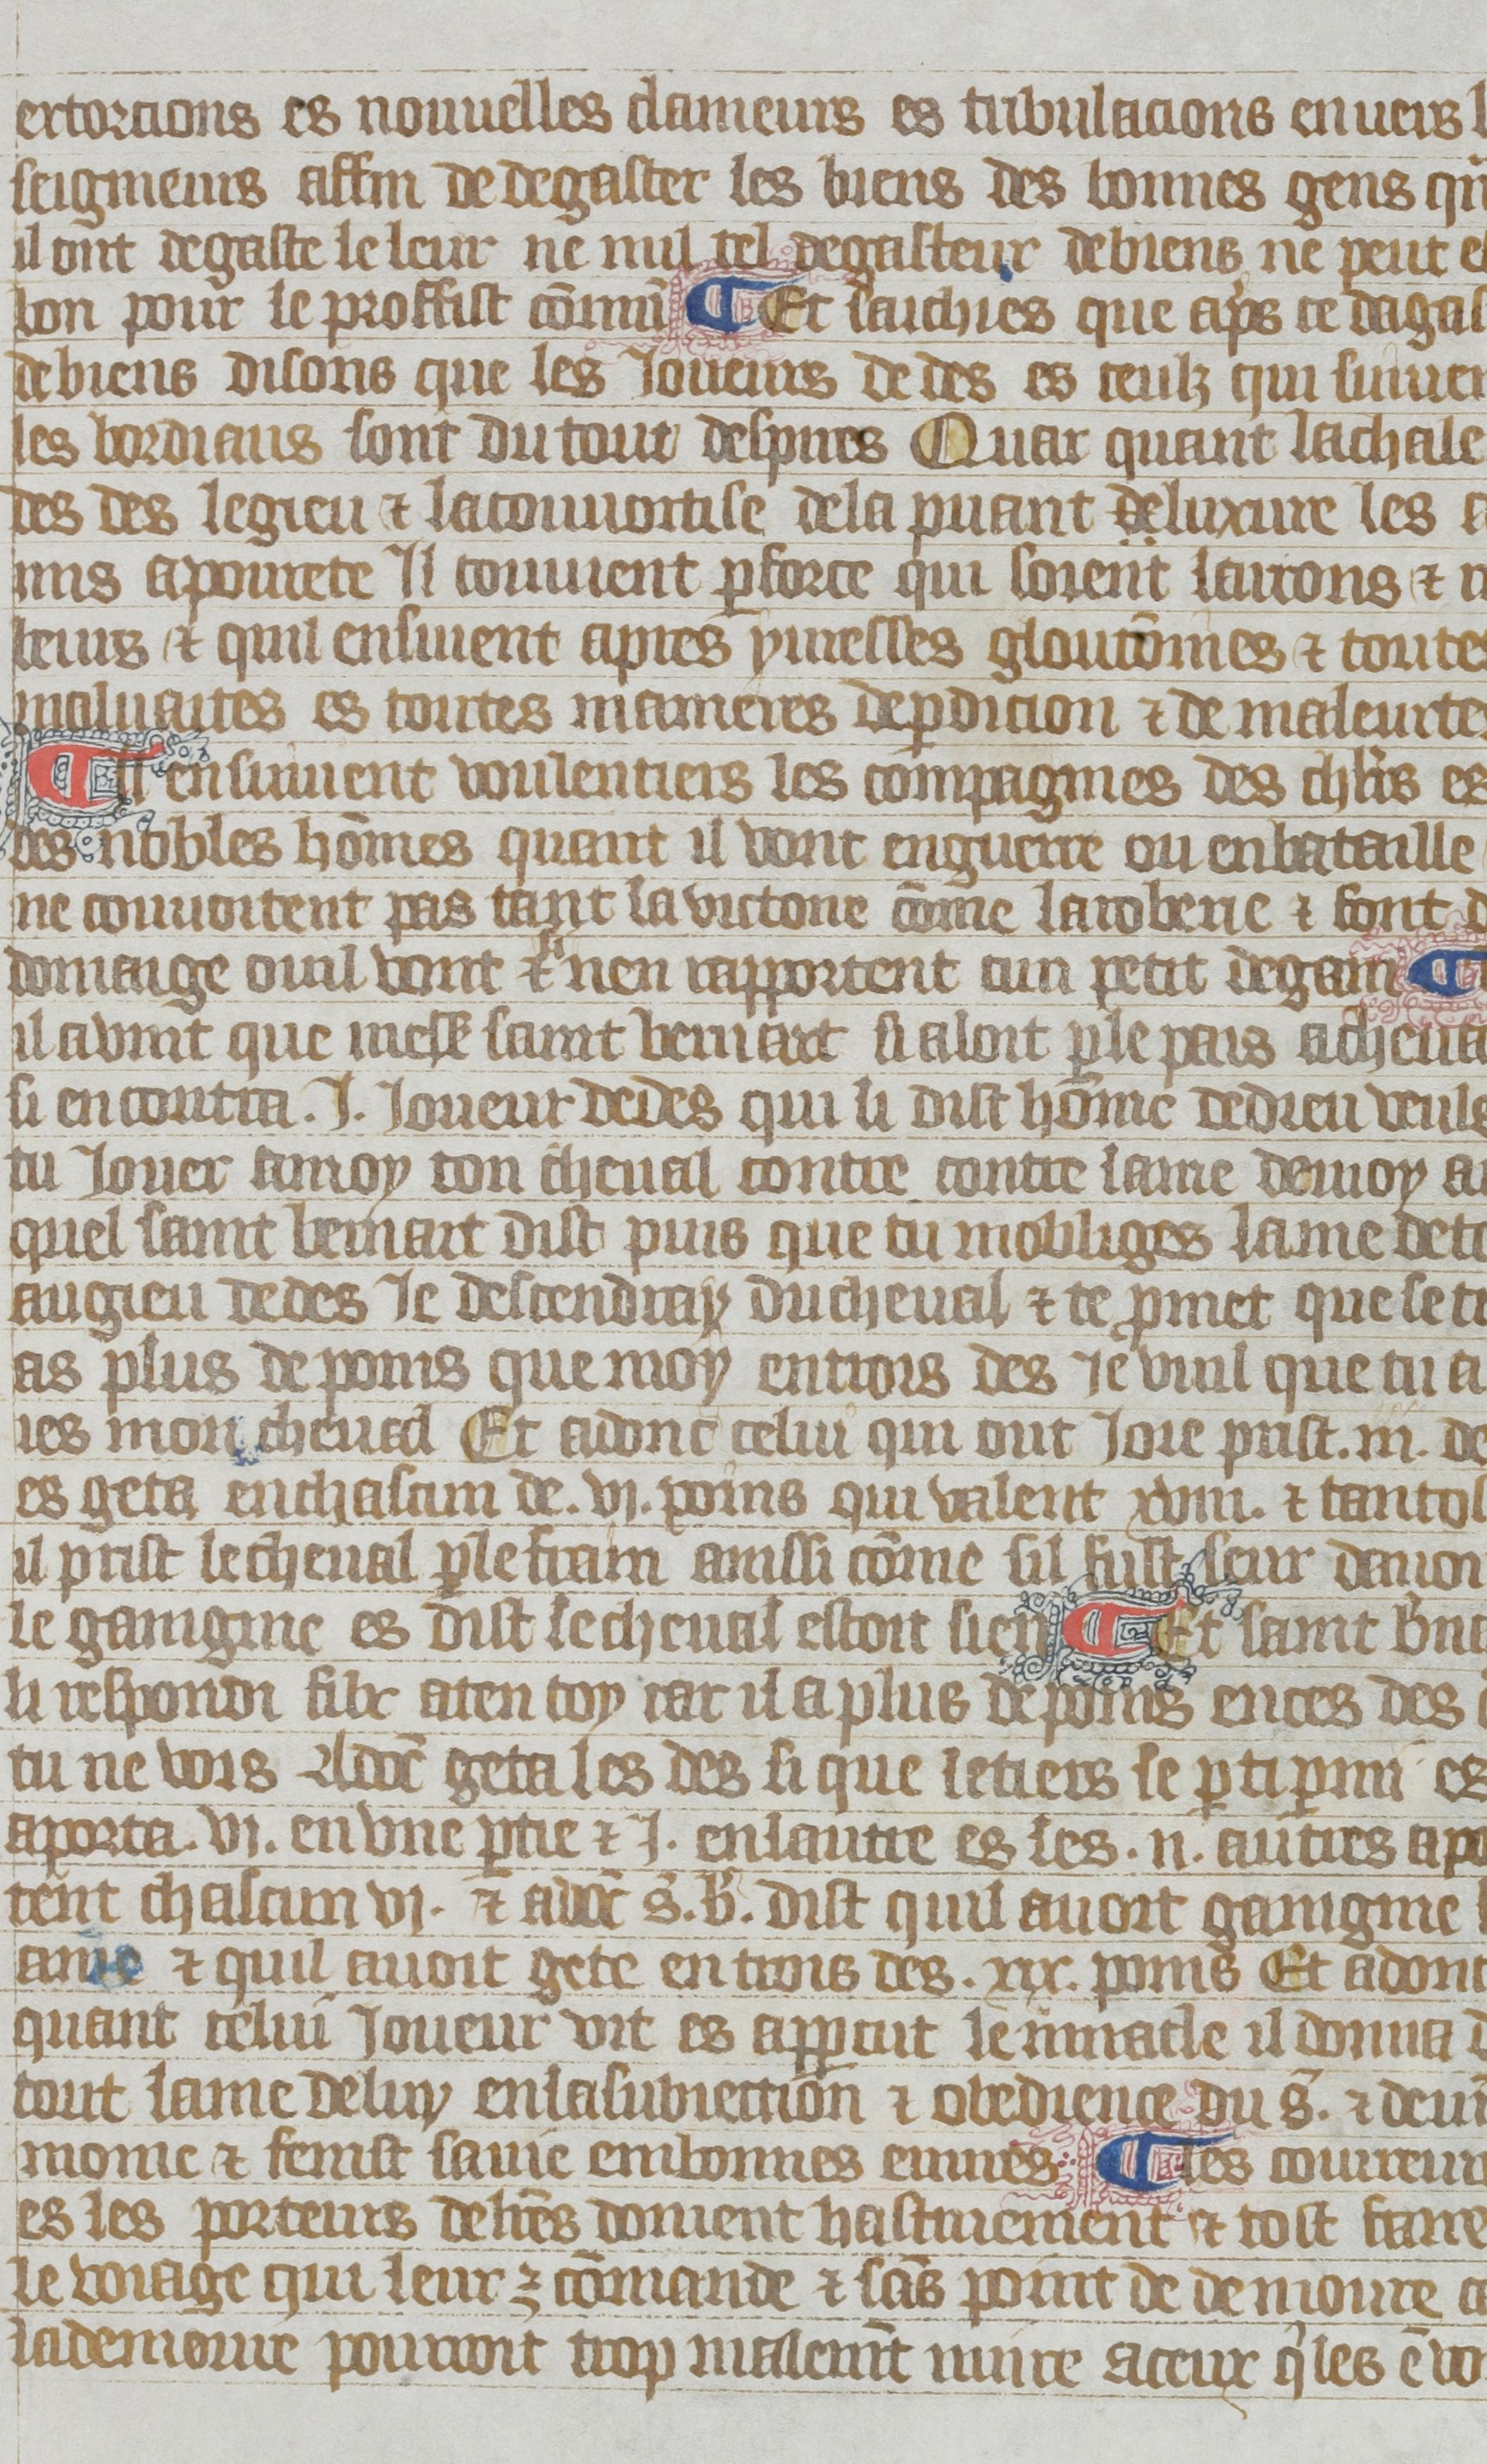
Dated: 1380–1399